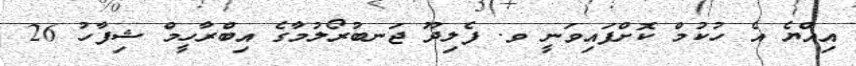
އިއްޔެ އެ ހުކުމް ކޮށްފައިވަނީ ވ. ފެލިދޫ ޖަނބުރޯލުމާގެ އިބްރާހީމް ޝިފާހު 26